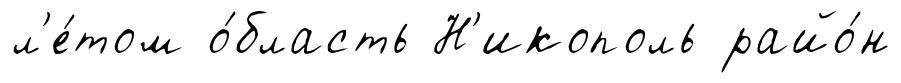
л'е́том о́бласть Н'икополь райо́н